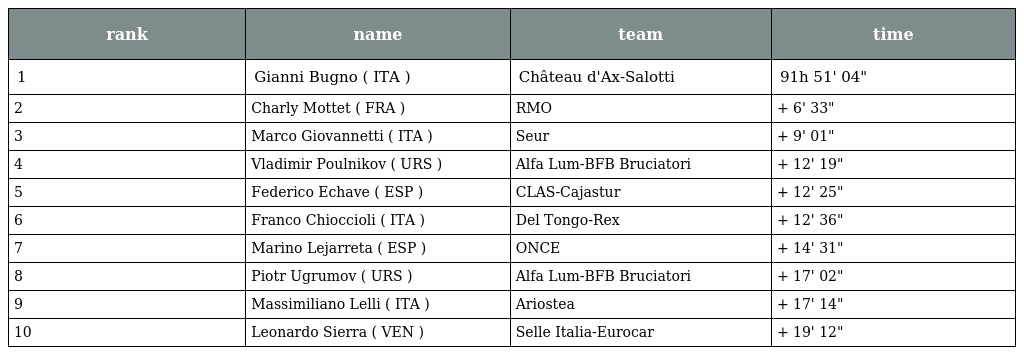
| rank | name | team | time |
 | --- | --- | --- | --- |
 | 1 | Gianni Bugno ( ITA ) | Château d'Ax-Salotti | 91h 51' 04" |
 | 2 | Charly Mottet ( FRA ) | RMO | + 6' 33" |
 | 3 | Marco Giovannetti ( ITA ) | Seur | + 9' 01" |
 | 4 | Vladimir Poulnikov ( URS ) | Alfa Lum-BFB Bruciatori | + 12' 19" |
 | 5 | Federico Echave ( ESP ) | CLAS-Cajastur | + 12' 25" |
 | 6 | Franco Chioccioli ( ITA ) | Del Tongo-Rex | + 12' 36" |
 | 7 | Marino Lejarreta ( ESP ) | ONCE | + 14' 31" |
 | 8 | Piotr Ugrumov ( URS ) | Alfa Lum-BFB Bruciatori | + 17' 02" |
 | 9 | Massimiliano Lelli ( ITA ) | Ariostea | + 17' 14" |
 | 10 | Leonardo Sierra ( VEN ) | Selle Italia-Eurocar | + 19' 12" |